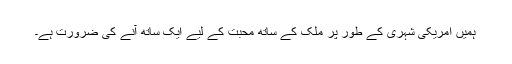
ہمیں امریکی شہری کے طور پر ملک کے ساتھ محبت کے لیے ایک ساتھ آنے کی ضرورت ہے۔